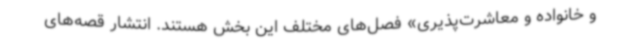
و خانواده و معاشرت‌پذیری» فصل‌های مختلف این بخش هستند. انتشار قصه‌های